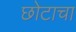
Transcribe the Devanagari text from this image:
छोटाचा